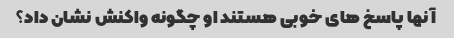
آنها پاسخ های خوبی هستند او چگونه واکنش نشان داد؟